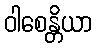
ဝါစေန္တိယာ